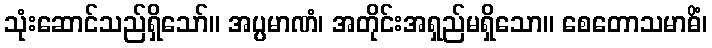
သုံးဆောင်သည်ရှိသော်။ အပ္ပမာဏံ၊ အတိုင်းအရှည်မရှိသော။ စေတောသမာဓိံ၊